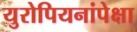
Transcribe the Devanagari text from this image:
युरोपियनांपेक्षा